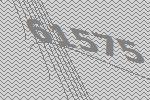
61575